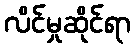
လိင်မှုဆိုင်ရာ